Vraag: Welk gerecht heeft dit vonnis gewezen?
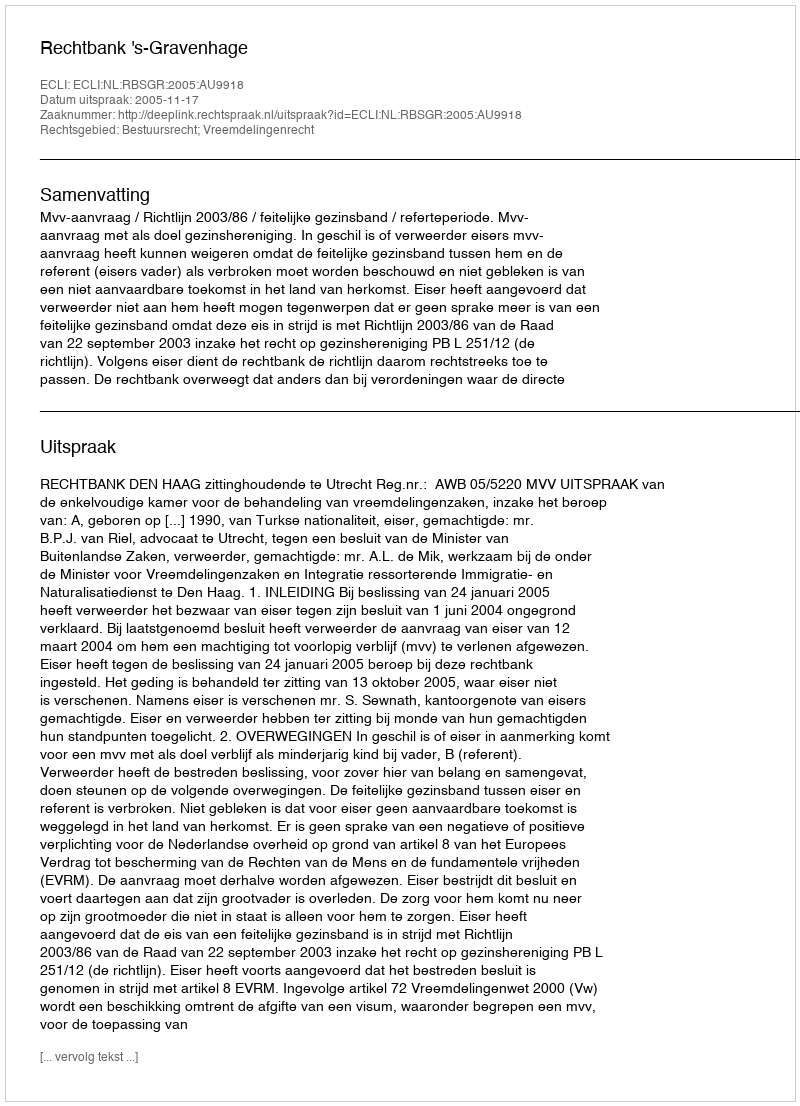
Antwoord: Rechtbank 's-Gravenhage